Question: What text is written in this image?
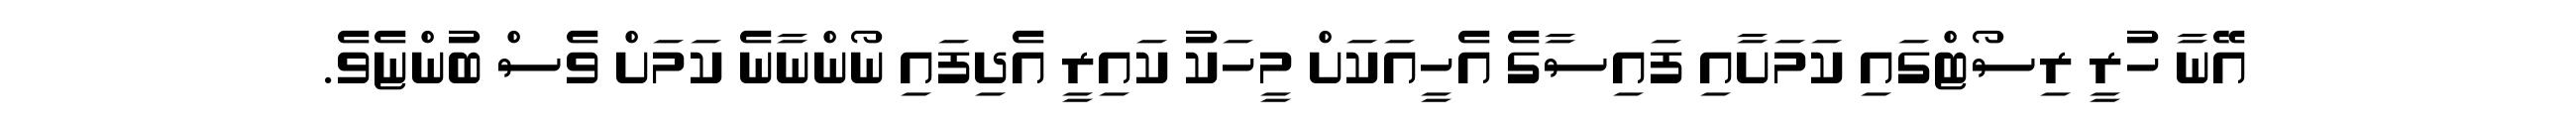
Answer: އޭނާ ހުރީ ރިސޯޓްގައި ކަމަށާއި ފައިސާގެ އެހީއަކަށް މީހަކު ކައިރީ އެދިފައި ނޯންނާނެ ކަމަށް ވެސް ބުންޏެވެ.